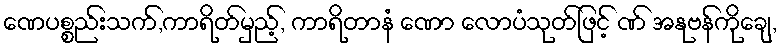
ဏေပစ္စည်းသက်,ကာရိတ်မှည့်, ကာရိတာနံ ဏော လောပံသုတ်ဖြင့် ဏ် အနုဗန်ကိုချေ,